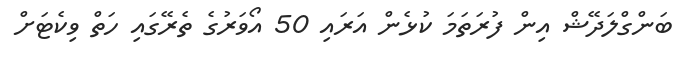
ބަންގްލަދޭޝް އިން ފުރަތަމަ ކުޅެން އަރައި 50 އޯވަރުގެ ތެރޭގައި ހަތް ވިކެޓަށް